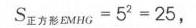
$S_{正方形EMHG}=5^{2}=25$